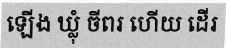
ឡើង ឃ្លុំ ចីពរ ហើយ ដើរ